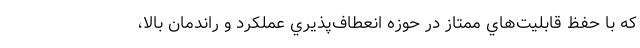
كه با حفظ قابليت‌هاي ممتاز در حوزه انعطاف‌پذيري عملكرد و راندمان بالا،